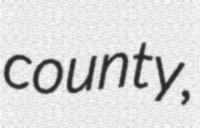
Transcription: county,